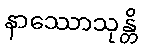
နာဿောသုန္တိ